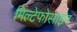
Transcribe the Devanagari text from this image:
मिल्टेफोसाइन